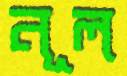
নূল